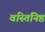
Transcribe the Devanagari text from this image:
वस्तिनिष्ठ